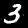
Label: 3